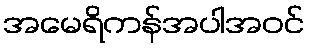
အမေရိကန်အပါအဝင်